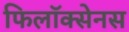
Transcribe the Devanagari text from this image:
फिलॉक्सेनस